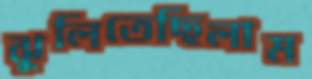
ঝুলিতেছিলাম